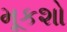
મૂકશો